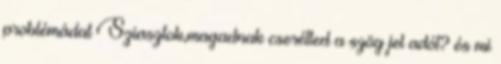
problémádat Sziasztok,magadnak cserélted a szög jel adót? és mi